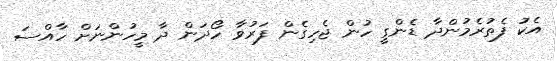
އެކު ފެތުރެމުންދާ ޑެންގީ ހުން ޖެހިގެން ފަރުވާ ހޯދަން ދާ މީހުންނަށް ހާއްސަ